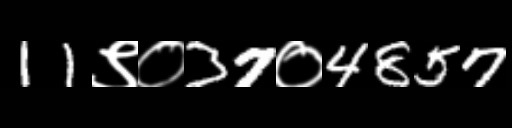
Text: 11९०37०4857